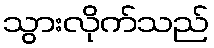
သွားလိုက်သည်